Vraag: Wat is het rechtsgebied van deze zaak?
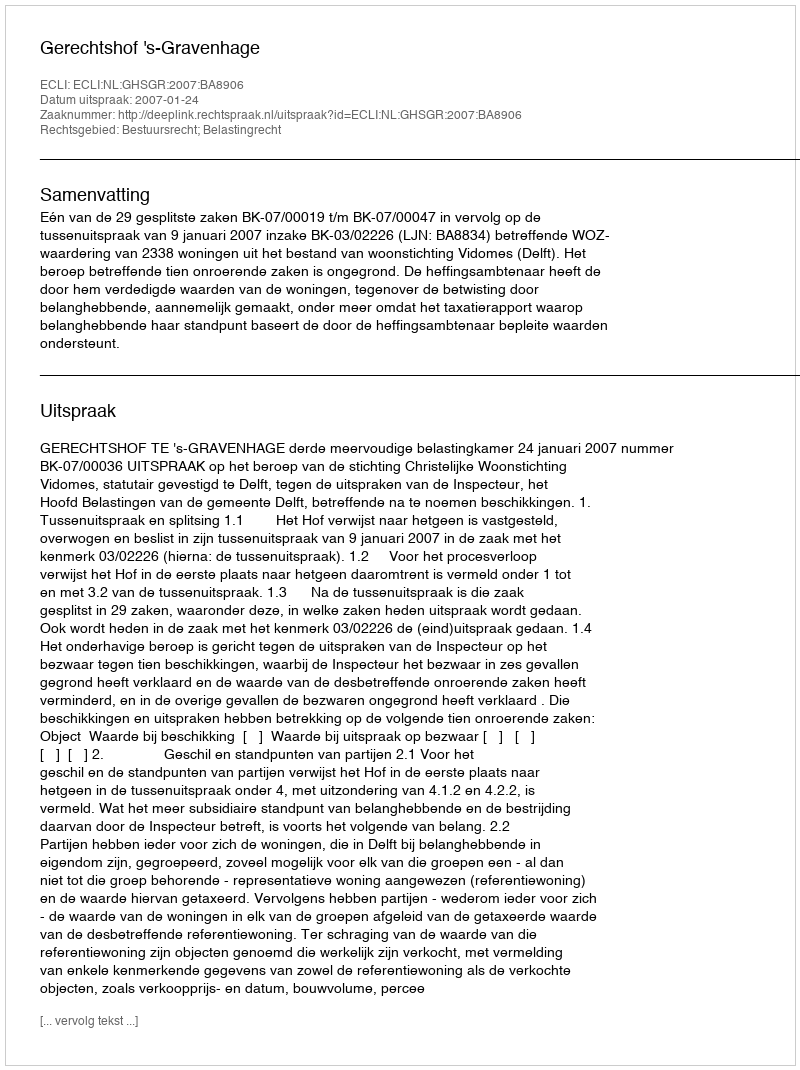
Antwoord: Bestuursrecht; Belastingrecht